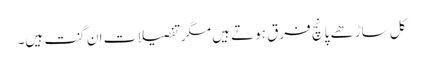
کل ساڑھے پانچ فرق ہوتے ہیں مگر تفصیلات ان گنت ہیں۔